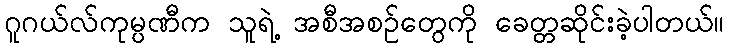
ဂူဂယ်လ်ကုမ္ပဏီက သူရဲ့ အစီအစဉ်တွေကို ခေတ္တဆိုင်းခဲ့ပါတယ်။